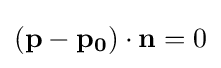
(\mathbf {p} -\mathbf {p_{0}} )\cdot \mathbf {n} =0